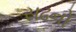
સઢનો